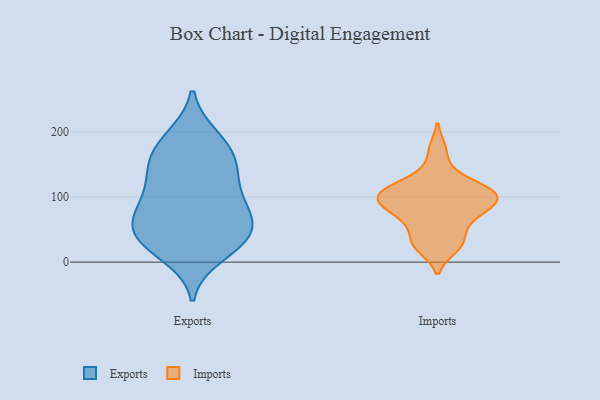
{"axis": {"x": "Churn Rate (%)", "y": "Value"}, "legend": ["Exports", "Imports"], "data": [{"x": "", "y": 96, "type": "Exports"}, {"x": "", "y": 192, "type": "Exports"}, {"x": "", "y": 146, "type": "Exports"}, {"x": "", "y": 31, "type": "Exports"}, {"x": "", "y": 41, "type": "Exports"}, {"x": "", "y": 11, "type": "Exports"}, {"x": "", "y": 62, "type": "Exports"}, {"x": "", "y": 37, "type": "Exports"}, {"x": "", "y": 140, "type": "Exports"}, {"x": "", "y": 165, "type": "Exports"}, {"x": "", "y": 88, "type": "Exports"}, {"x": "", "y": 90, "type": "Exports"}, {"x": "", "y": 27, "type": "Exports"}, {"x": "", "y": 190, "type": "Exports"}, {"x": "", "y": 58, "type": "Exports"}, {"x": "", "y": 159, "type": "Exports"}, {"x": "", "y": 122, "type": "Exports"}, {"x": "", "y": 61, "type": "Exports"}, {"x": "", "y": 68, "type": "Imports"}, {"x": "", "y": 97, "type": "Imports"}, {"x": "", "y": 98, "type": "Imports"}, {"x": "", "y": 64, "type": "Imports"}, {"x": "", "y": 101, "type": "Imports"}, {"x": "", "y": 35, "type": "Imports"}, {"x": "", "y": 87, "type": "Imports"}, {"x": "", "y": 81, "type": "Imports"}, {"x": "", "y": 172, "type": "Imports"}, {"x": "", "y": 28, "type": "Imports"}, {"x": "", "y": 132, "type": "Imports"}, {"x": "", "y": 108, "type": "Imports"}, {"x": "", "y": 113, "type": "Imports"}, {"x": "", "y": 23, "type": "Imports"}, {"x": "", "y": 110, "type": "Imports"}]}